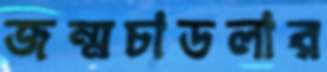
জন্মচাডলার